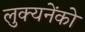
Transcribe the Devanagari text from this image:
लुक्यनेंको